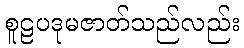
စူဠပဒုမဇာတ်သည်လည်း